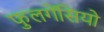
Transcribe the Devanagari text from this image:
फुलगेंसियो